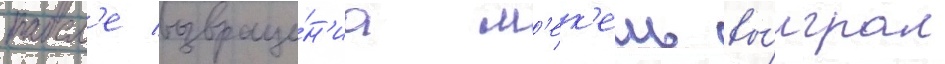
посл'е возвраще́н'иа м'ек'ель вы́играл